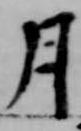
月